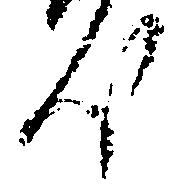
汰